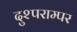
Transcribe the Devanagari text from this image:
दुश्पराम्पर